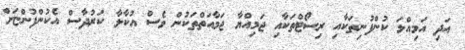
އަދި އަމިއްލަ ކުންފުނިތަކާއި ރިސޯޓްތަކާއި ޖަމިއްޔާ ޖަމާއަތްތަކުން ވެސް އުކާލާ ކަރުދާސް އެކުންފުންޏަށް